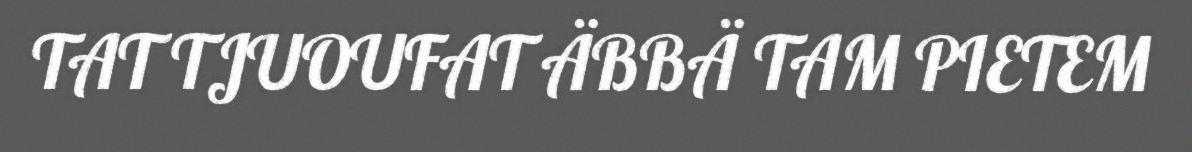
TAT TJUOUFAT ÄBBÄ TAM PIETEM